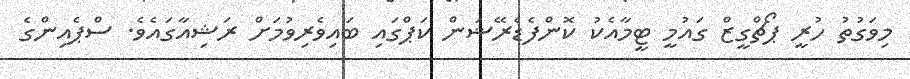
މިވަގުތު ހުރީ ޕޯޗްގީޒް ގައުމީ ޓީމާއެކު ކޮންފެޑެރޭޝަން ކަޕްގައި ބައިވެރިވުމަށް ރަޝިއާގައެވެ. ސްޕެއިންގެ